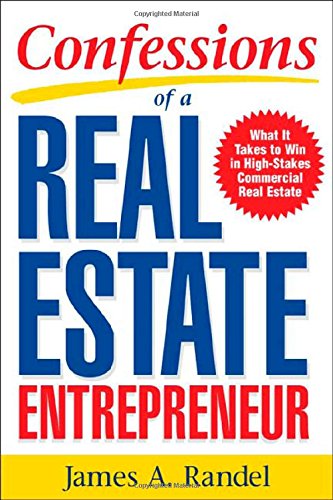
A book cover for Confessions of a Real Estate Entrepreneur: What It Takes to Win in High-Stakes Commercial Real Estate; James A. Randel; Business & Money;